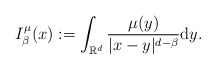
\begin{align*}I_\beta^\mu(x):=\int_{\mathbb{R}^d}\frac{\mu (y)}{|x-y|^{d-\beta}}{\rm d}y.\end{align*}